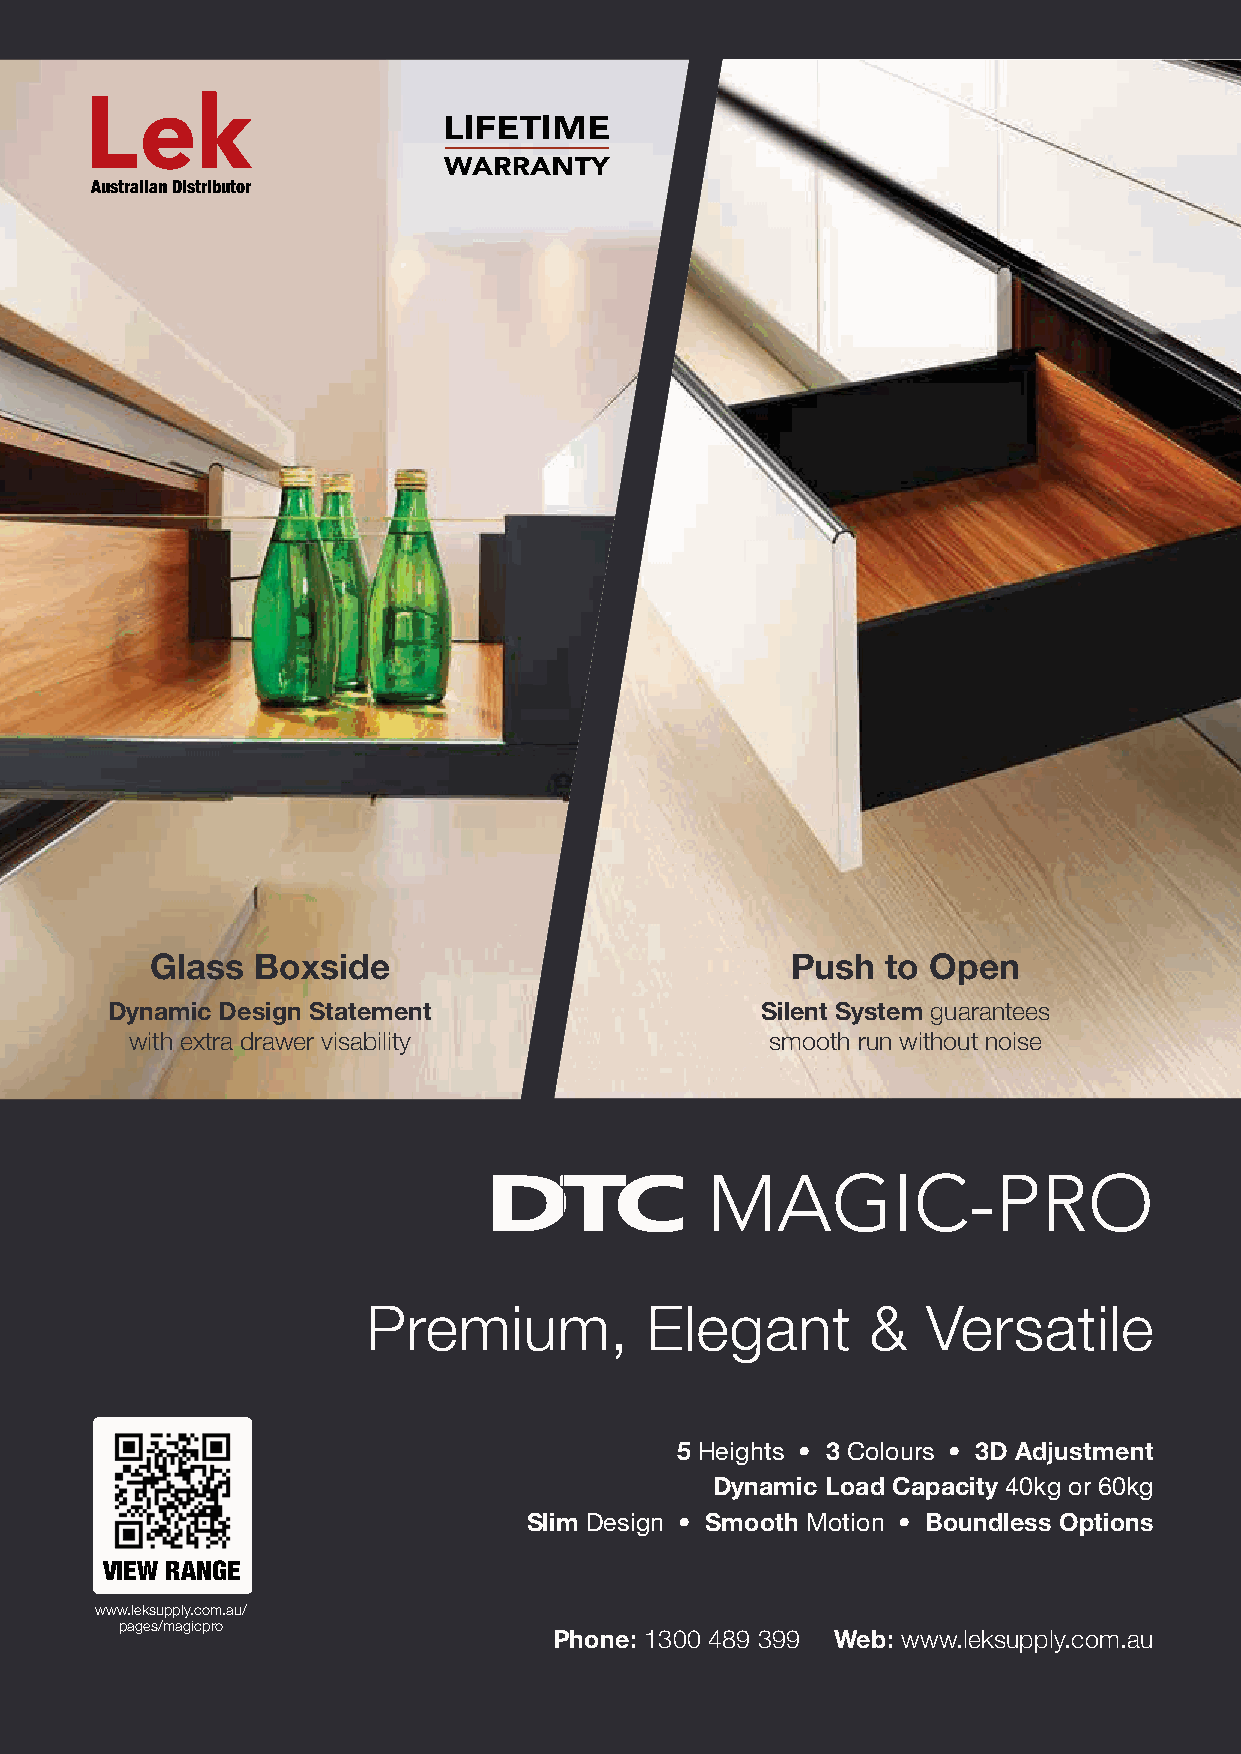
Australian Distributor
 Glass  Boxside                            Push   to Open
 Dynamic Design Statement                   Silent System guarantees
 with extra drawer visability              smooth run without noise
 MAGIC-PRO
 Premium,           Elegant        &  Versatile
 5 Heights • 3 Colours • 3D Adjustment
 Dynamic Load Capacity 40kg or 60kg
 Slim Design • Smooth Motion • Boundless Options
 VIEW RANGE
 www.leksupply.com.au/
 pages/magicpro
 Phone: 1300 489 399 Web: www.leksupply.com.au